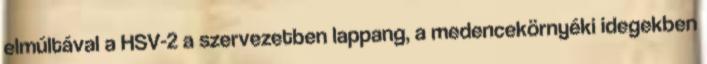
elmúltával a HSV-2 a szervezetben lappang, a medencekörnyéki idegekben